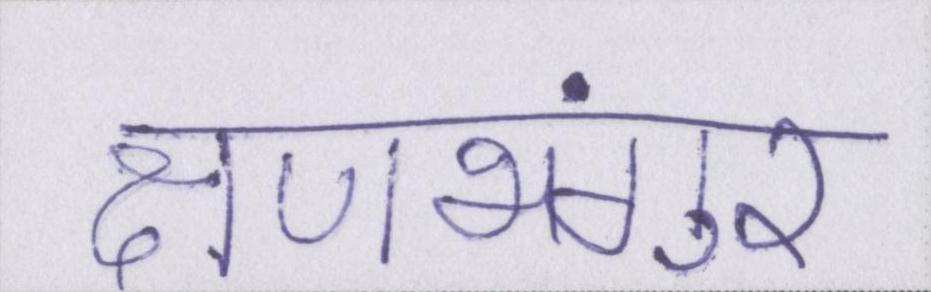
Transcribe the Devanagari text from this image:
क्षणभंगुर